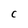
Character: C